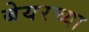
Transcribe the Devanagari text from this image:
बेयरच्या